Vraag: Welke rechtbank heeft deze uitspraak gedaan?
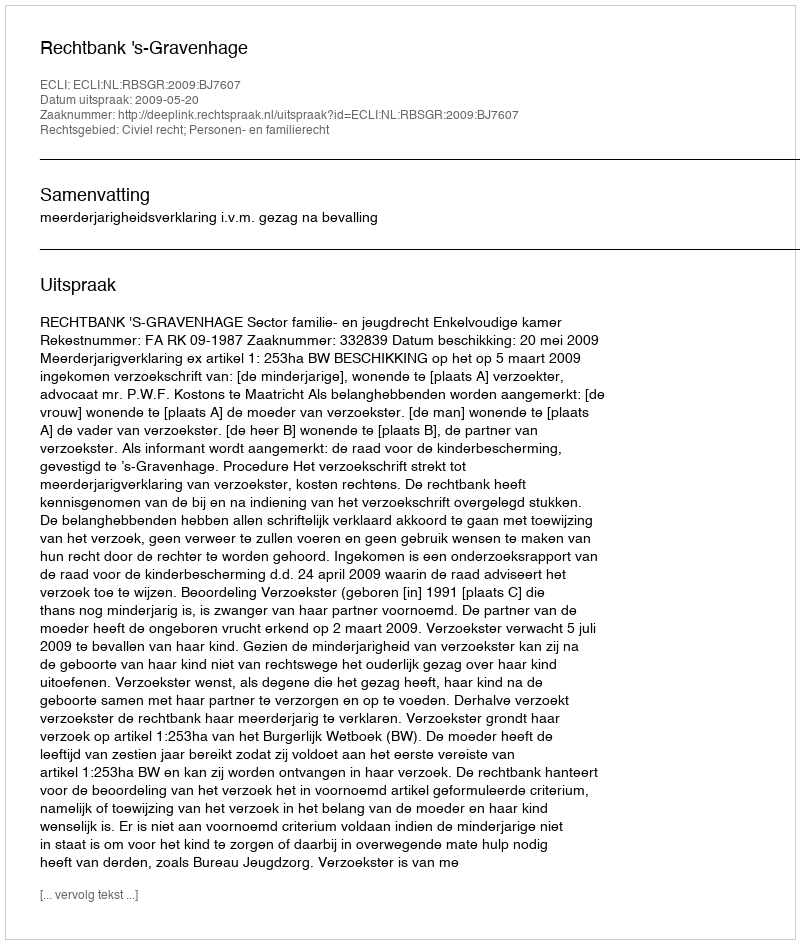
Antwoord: Rechtbank 's-Gravenhage